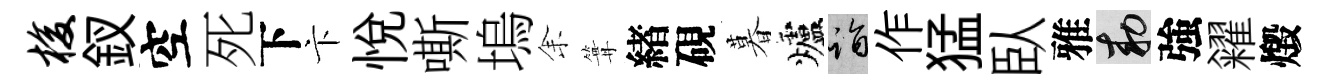
梭釵空死下卞悦嘶塢𪜬篝緖硯暮爐诣作猛臥雅敕強糴燬